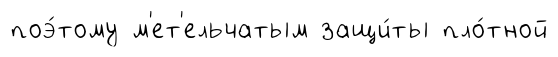
поэ́тому м'ет'ельчатым защи́ты пло́тной